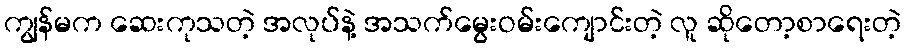
ကျွန်မက ဆေးကုသတဲ့ အလုပ်နဲ့ အသက်မွေးဝမ်းကျောင်းတဲ့ လူ ဆိုတော့စာရေးတဲ့